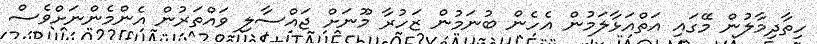
ހިތާދިމާލުން މޭގައި އަތްއަޅާލަމުން އެހެން ބުނަމުން ޒަހުރާ މޫނަށް ޖައްސާލި ވައްތަރުން އެންމެންނަށްވެސް